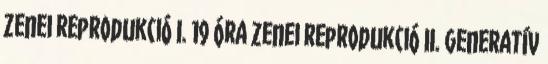
Zenei reprodukció I. 19 óra Zenei reprodukció II. Generatív